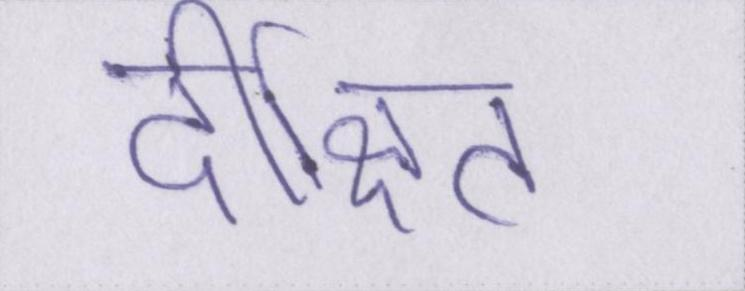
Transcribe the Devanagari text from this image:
दीक्षित